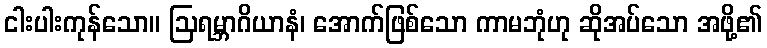
ငါးပါးကုန်သော။ ဩရမ္ဘာဂိယာနံ၊ အောက်ဖြစ်သော ကာမဘုံဟု ဆိုအပ်သော အဖို့၏